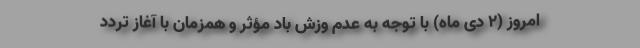
امروز (۲ دی ماه) با توجه به عدم وزش باد مؤثر و همزمان با آغاز تردد